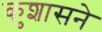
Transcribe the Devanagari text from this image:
कुशासने